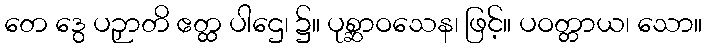
တေ ဒွေ ပဉှာတိ ဧတ္ထ ပါဌေ၊ ၌။ ပုစ္ဆာဝသေန၊ ဖြင့်။ ပဝတ္တာယ၊ သော။